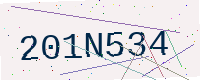
Text: 201N534